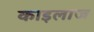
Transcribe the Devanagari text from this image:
काइलाज